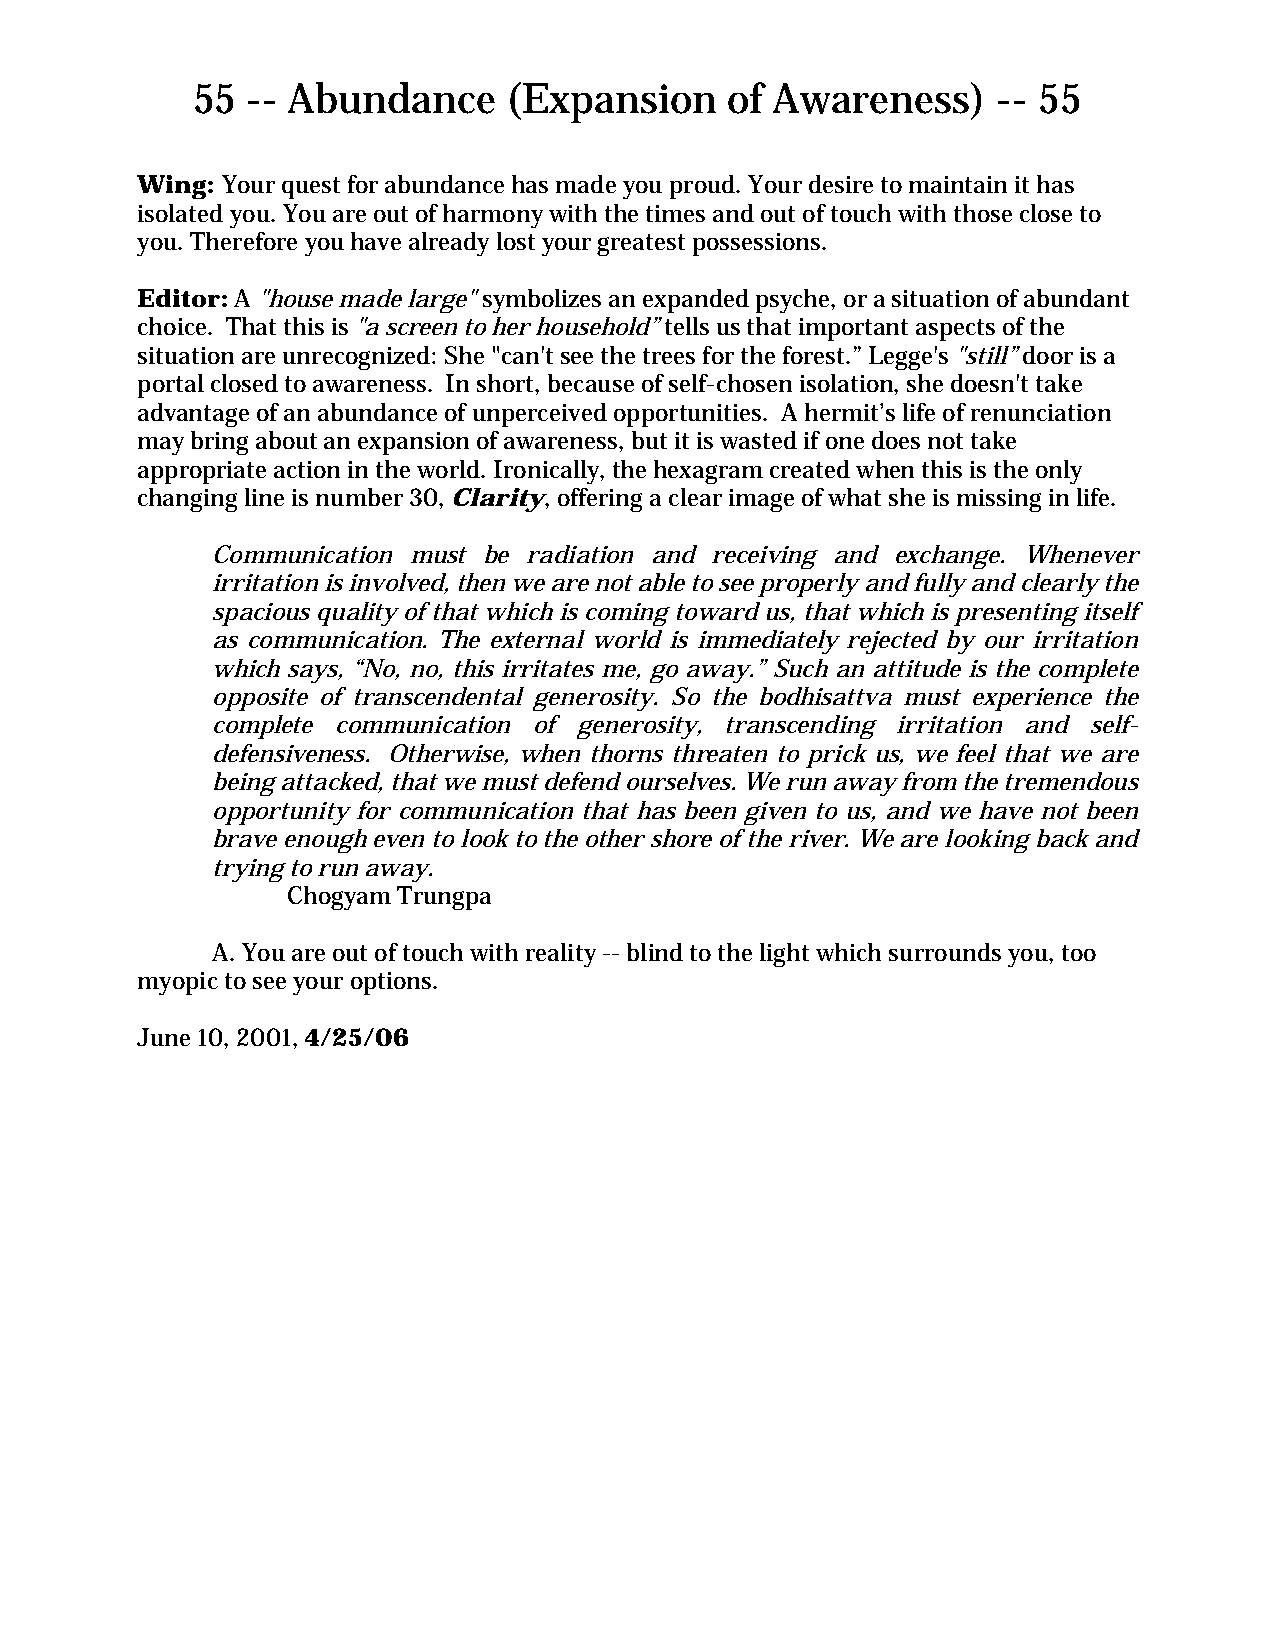
55 -- Abundance      (Expansion    of Awareness)     -- 55
 Wing: Your quest for abundance has made you proud. Your desire to maintain it has
 isolated you. You are out of harmony with the times and out of touch with those close to
 you. Therefore you have already lost your greatest possessions.
 Editor: A "house made large" symbolizes an expanded psyche, or a situation of abundant
 choice. That this is "a screen to her household” tells us that important aspects of the
 situation are unrecognized: She "can't see the trees for the forest.” Legge's "still” door is a
 portal closed to awareness. In short, because of self-chosen isolation, she doesn't take
 advantage of an abundance of unperceived opportunities. A hermit’s life of renunciation
 may bring about an expansion of awareness, but it is wasted if one does not take
 appropriate action in the world. Ironically, the hexagram created when this is the only
 changing line is number 30, Clarity, offering a clear image of what she is missing in life.
 Communication must be radiation and receiving and exchange. Whenever
 irritation is involved, then we are not able to see properly and fully and clearly the
 spacious quality of that which is coming toward us, that which is presenting itself
 as communication. The external world is immediately rejected by our irritation
 which says, “No, no, this irritates me, go away.” Such an attitude is the complete
 opposite of transcendental generosity. So the bodhisattva must experience the
 complete communication of generosity, transcending irritation and self-
 defensiveness. Otherwise, when thorns threaten to prick us, we feel that we are
 being attacked, that we must defend ourselves. We run away from the tremendous
 opportunity for communication that has been given to us, and we have not been
 brave enough even to look to the other shore of the river. We are looking back and
 trying to run away.
 Chogyam Trungpa
 A. You are out of touch with reality -- blind to the light which surrounds you, too
 myopic to see your options.
 June 10, 2001, 4/25/06